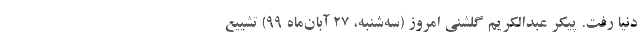
دنیا رفت. پیکر عبدالکریم گلشنی امروز (سه‌شنبه، ۲۷ آبان‌ماه ۹۹) تشییع